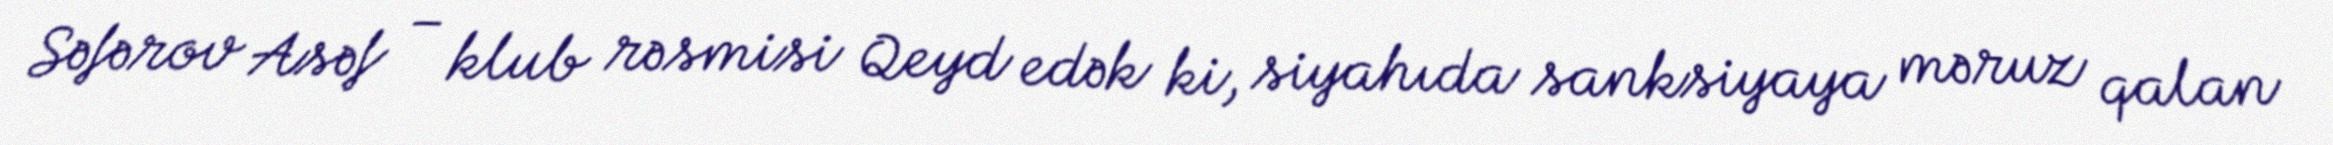
Səfərov Asəf – klub rəsmisi Qeyd edək ki, siyahıda sanksiyaya məruz qalan